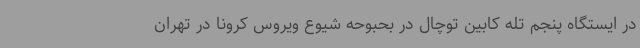
در ایستگاه پنجم تله کابین توچال در بحبوحه شیوع ویروس کرونا در تهران